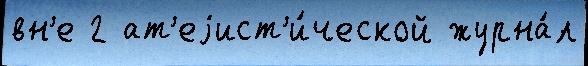
вн'е 2 ат'еjист'и́ческой журна́л